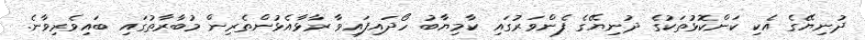
ދުނިޔޭގެ އެކި ކަންކޮޅުތަކުގެ ދުނިޔޭގެ ފެންވަރުގައި ކާމިޔާބު ހޯދައިފައިވާ ރާޅާއެޅުންތެރިން މުބާރާތުގައި ބައިވެރިވާނެ.